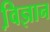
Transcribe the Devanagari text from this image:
वि़ज्ञान